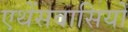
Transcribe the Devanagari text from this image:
एथेंसवासियों